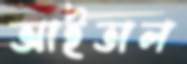
আইতাল